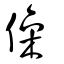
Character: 僺